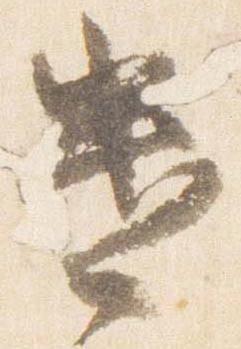
遣